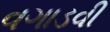
વગાડવી